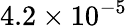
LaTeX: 4.2\times 10^{-5}